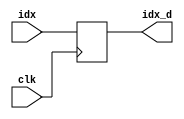
module identificador(	
                input clk,
                input [3:0] idx,
                output reg [3:0] idx_d
);
always @(posedge clk)begin
        idx_d <= idx;
    end
endmodule